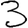
Digit: 3